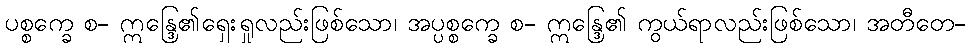
ပစ္စက္ခေ စ- ဣန္ဒြေ၏ရှေးရှုလည်းဖြစ်သော၊ အပ္ပစ္စက္ခေ စ- ဣန္ဒြေ၏ ကွယ်ရာလည်းဖြစ်သော၊ အတီတေ-